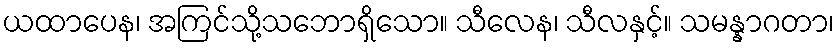
ယထာပေန၊ အကြင်သို့သဘောရှိသော။ သီလေန၊ သီလနှင့်။ သမန္နာဂတာ၊